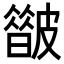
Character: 𥀟